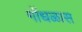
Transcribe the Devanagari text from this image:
गोंधळास